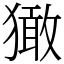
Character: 㺖